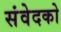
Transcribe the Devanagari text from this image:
संवेदको